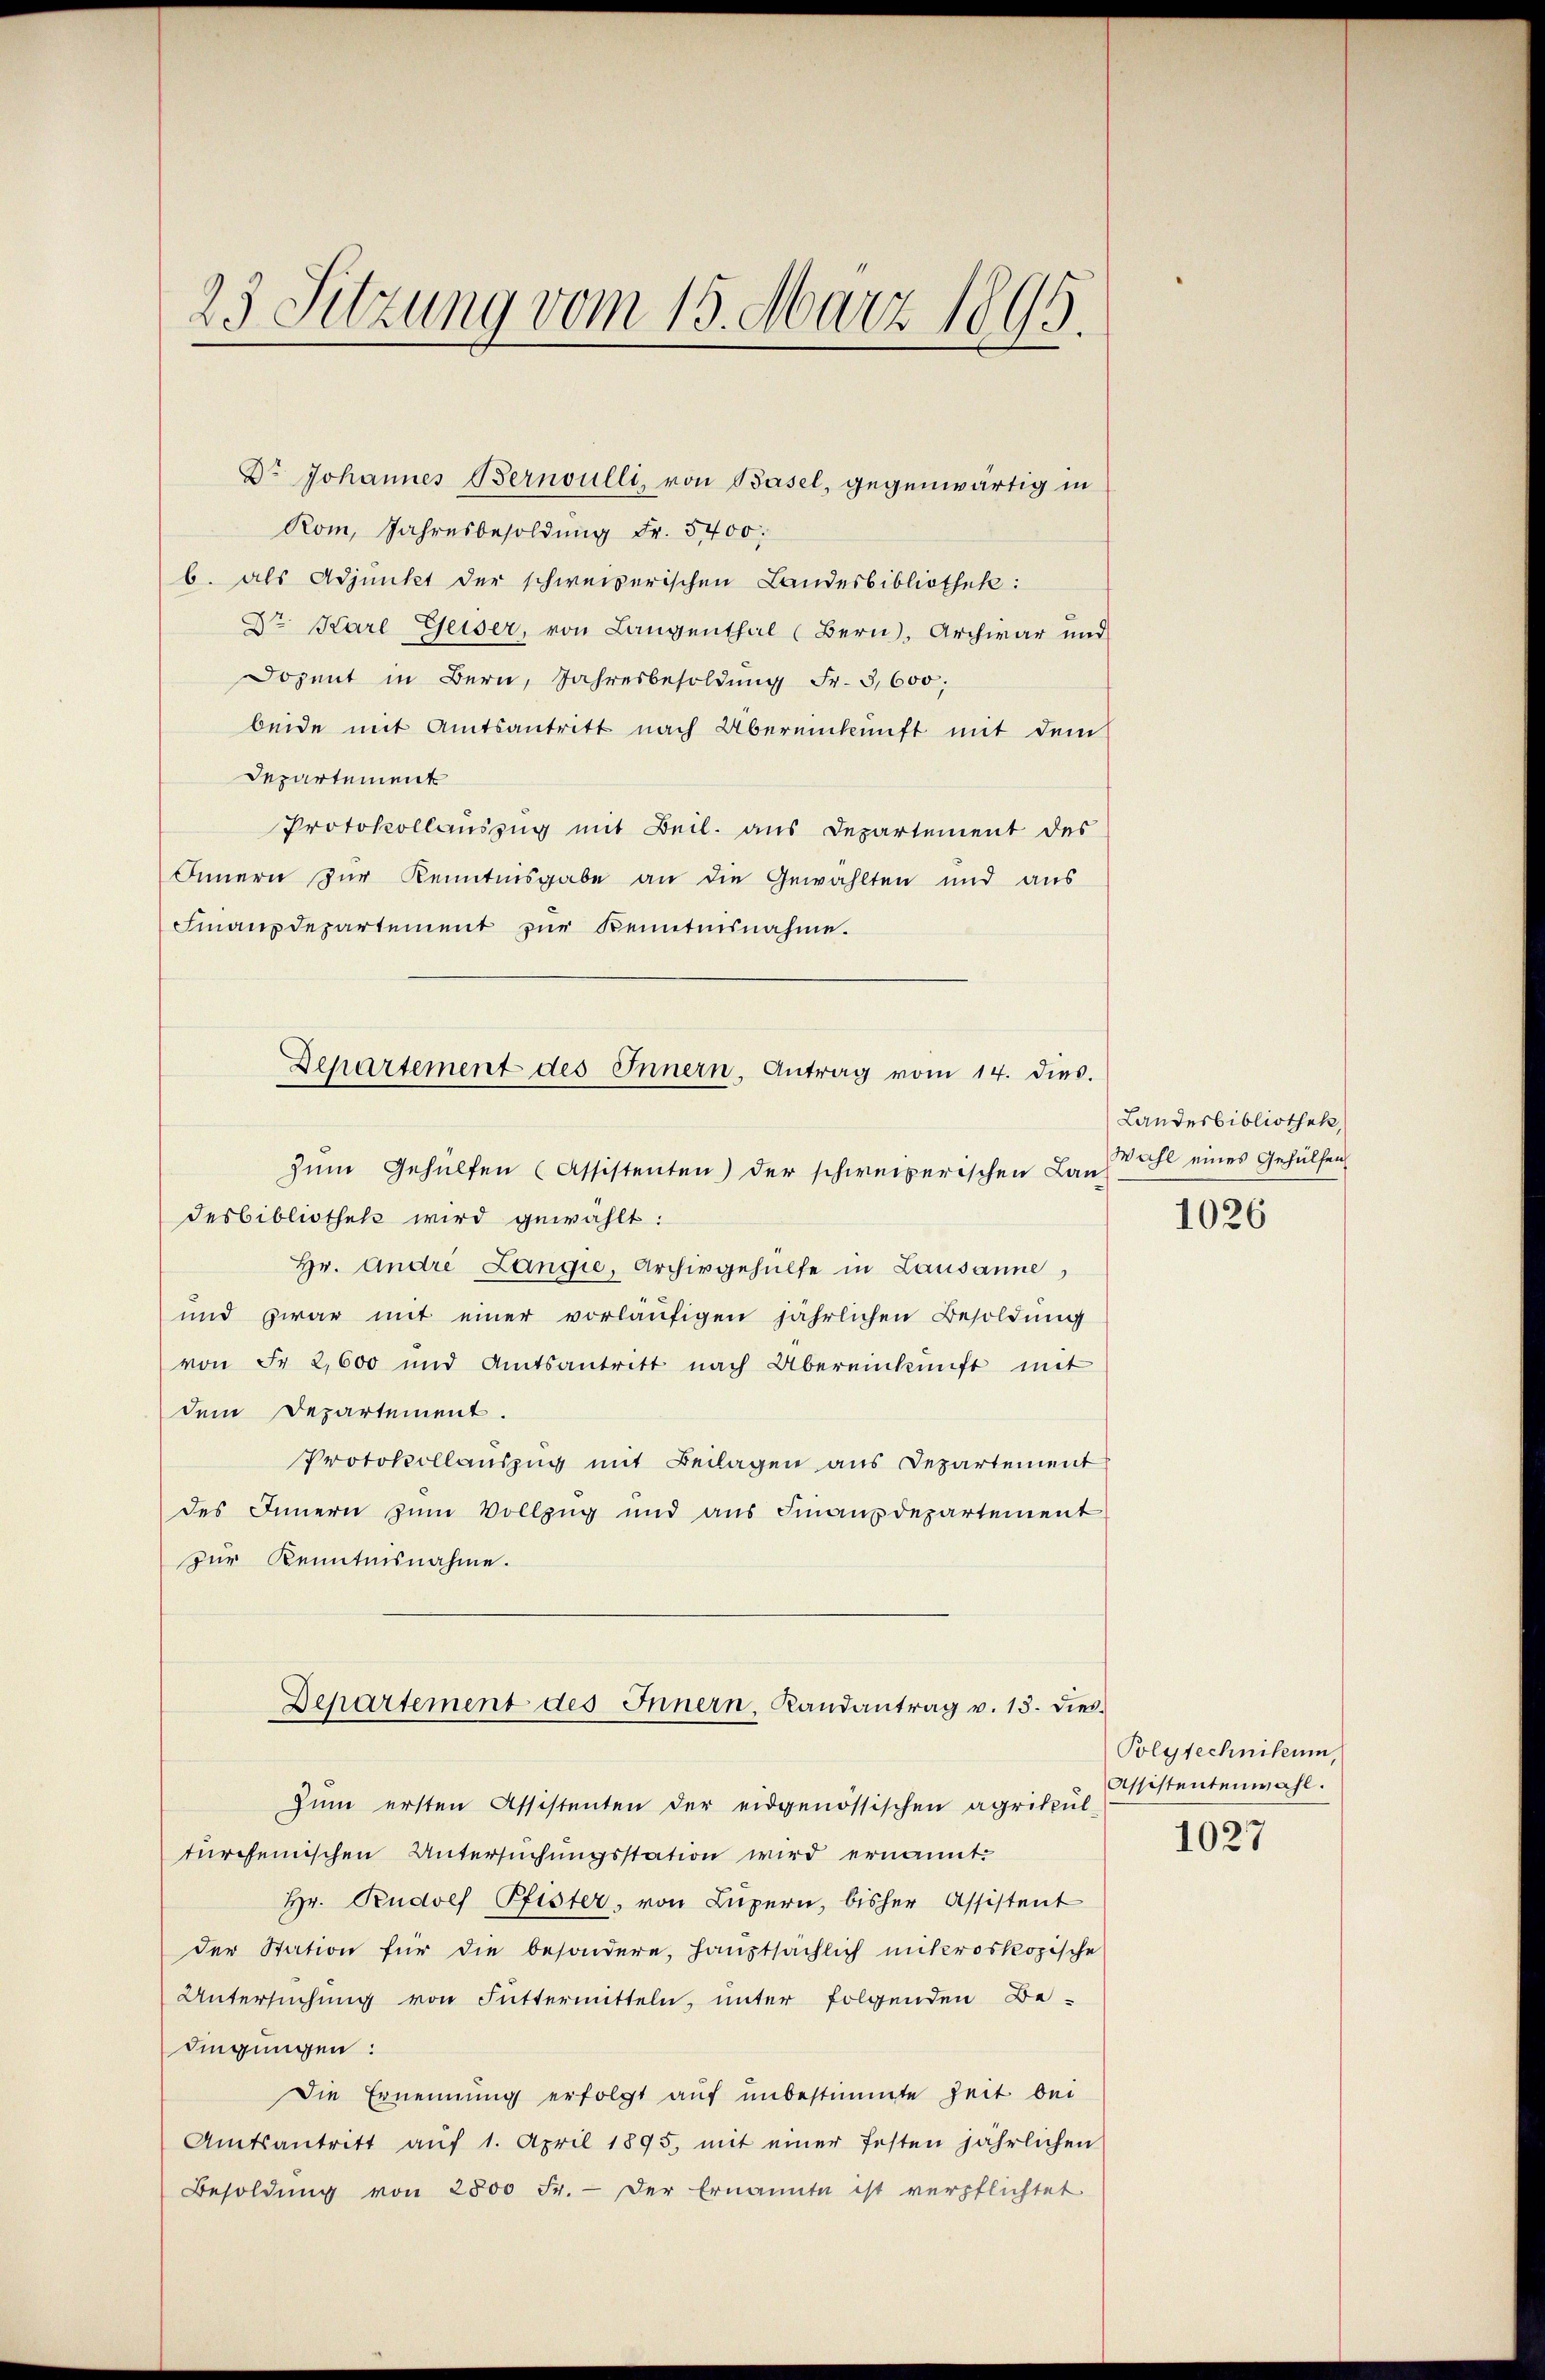
23 Sitzung vom 15. März 1895.

Dr. Johannes Bernoulli, von Basel, gegenwärtig in
Rom, Jahresbesoldung Fr. 5400.
b. als Adjunkt der schweizerischen Landesbibliothek:
Dr. Karl Geiser, von Langenthal (Bern), Archivar und
Dozent in Bern, Jahresbesoldŭng Fr. 3,600;
beide mit Amtsantritt nach Übereinkunft mit dem
Departement
Protokollauszug mit Beil. aus Departement des
Innern zur Kenntnisgabe an die Gewählten und aus
Finanzdepartement zŭr Kenntnisnahme.
Zum Gehülfen (Assistenten) der schweizerischen Lan Zahl eines Gehülfen
desbibliothek wird gewählt:
Hr. Andre Langie, Archivgehülfe in Lausanne,
und zwar mit einer vorläufigen jährlichen Besoldung
von Fr. 2,600 und Amtsantritt nach Übereinkunft mit
dem Departement.
Protokollauszug mit Beilagen aus Departement
des Innern zum Vollzug und aŭs Finanzdepartement
zur Kenntnisnahme.
Departement des Innern, Randantrag v. 13. dies
Zum ersten Assistenten der eidgenössischen agrikpŭl-
türchenischen Untersuchungsstation wird ernannt.
Hr. Rudolf Pfister, von Luzern, bisher Assistent
der Station für die besondere, hauptsächlich mikroskopische
Untersuchung von Futtermitteln, unter folgenden Bedingungen:
Die Ernennung erfolgt auf unbestimmte Zeit bei
Amtsantritt aŭf 1. April 1895, mit einer festen jährlichen
Besoldŭng von 2800 Fr. - Der Ernannte ist verpflichtet

Departement des Innern, Antrag vom 14. dies.

Landesbibliothek,
1026

Polytechnikum,
Assistentenwahl.
1027